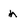
Character: n